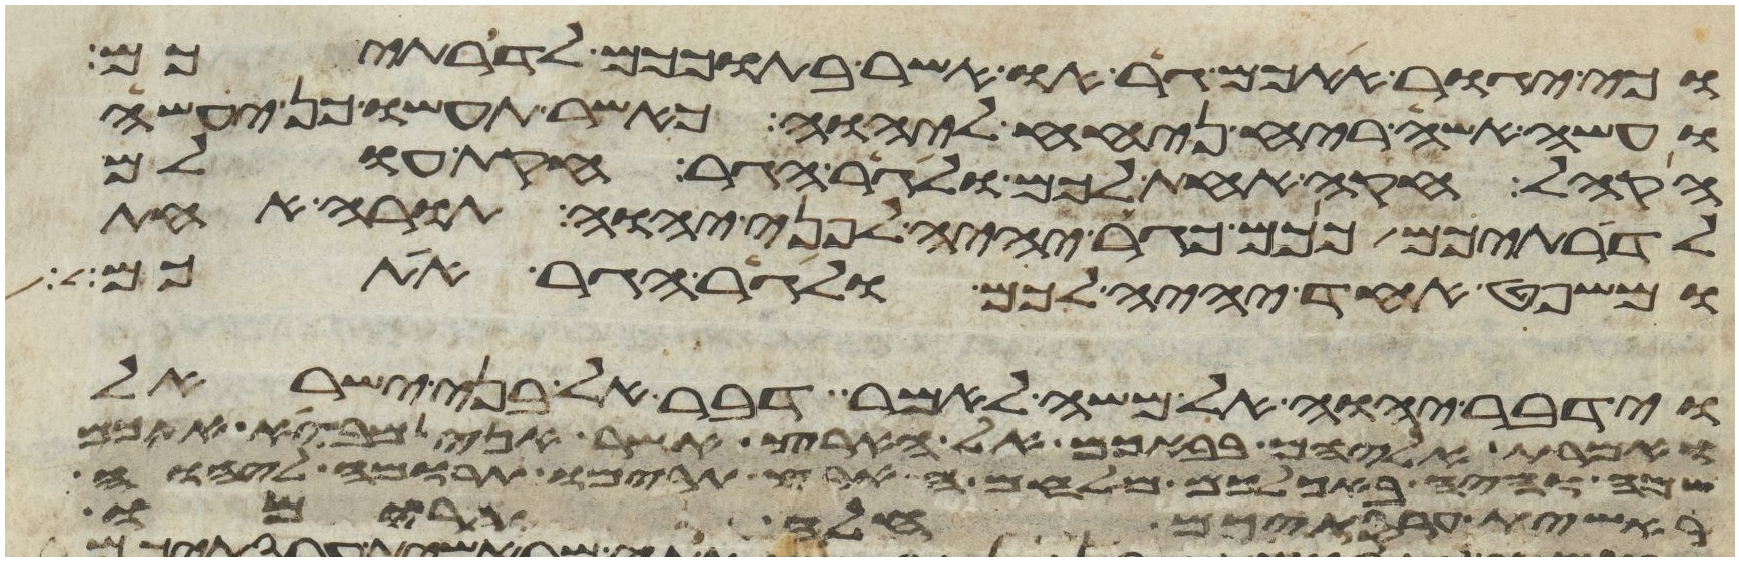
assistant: וכי יגור אתכם גר או אשר בתוככם לדרתיכם
ועשה אשה ריח ניחח ליהוה כאשר תעשו כן יעשה
הקהל חקה אחת לכם ולגר הגר חקת עולם
לדרתיכם ככם כגר יהיה לפני יהוה תורה אחת
ומשפט אחד יהיה לכם ולגר הגר אתכם
וידבר יהוה אל משה לאמר דבר אל בני ישראל
ואמרת אליהם בבאכם אל הארץ אשר אני מביא אתכם
שמה והיה באכלכם מלחם הארץ תרימו תרומה ליהוה
ראשית עריסתיכם חלה תרימו